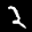
Label: 2